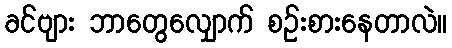
ခင်ဗျား ဘာတွေလျှောက် စဉ်းစားနေတာလဲ။